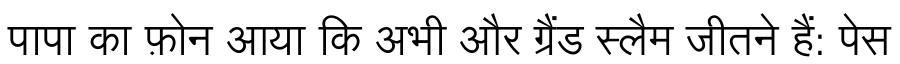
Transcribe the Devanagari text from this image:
पापा का फ़ोन आया कि अभी और ग्रैंड स्लैम जीतने हैं: पेस